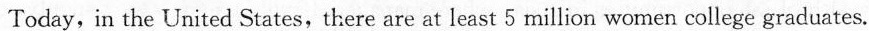
Today, in the United States, there are at least 5 million women college graduates.